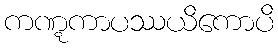
ကဏ္ဋကာပဿယိကောပိ